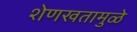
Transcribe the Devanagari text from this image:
शेणखतामुळे